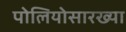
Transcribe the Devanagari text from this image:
पोलियोसारख्या